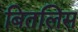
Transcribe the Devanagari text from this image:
बितलिस